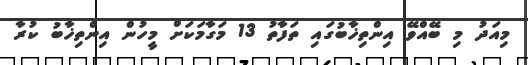
މިއަދު މި ބޭއްވޭ އިންތިޚާބުގައި ތަފާތު 13 މަގާމަކަށް މީހުން އިންތިޚާބު ކުރާ